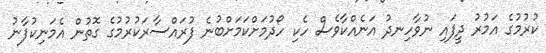
ކުރުމުގެ އަމުރު ދީފައި ނުވާހިނދު އަނެއްކާވެސް ހެކި ހޯދުމަށްކަމަށްބުނެ ފުރައްސާރަކުރުމުގެ ގޮތުން އެމަނިކުފާނު